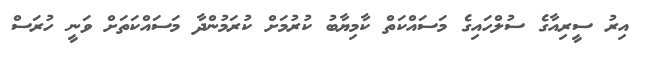
އިރު ސީރިއާގެ ސުލްހައިގެ މަސައްކަތް ކާމިޔާބު ކުރުމަށް ކުރަމުންދާ މަސައްކަތަށް ވަނީ ހުރަސް